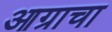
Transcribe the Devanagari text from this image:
आग्राचा